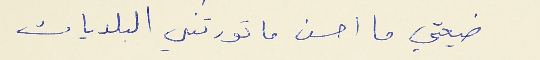
ضيعتي ما احسن ما تورتني البلديات